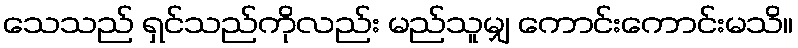
သေသည် ရှင်သည်ကိုလည်း မည်သူမျှ ကောင်းကောင်းမသိ။